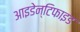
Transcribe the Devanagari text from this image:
आइडेन्टिफाइड